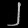
Digit: ၂